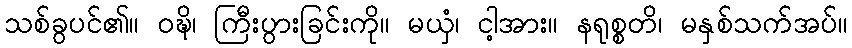
သစ်ခွပင်၏။ ဝဍ္ဎိ၊ ကြီးပွားခြင်းကို။ မယှံ၊ ငါ့အား။ နရုစ္စတိ၊ မနှစ်သက်အပ်။